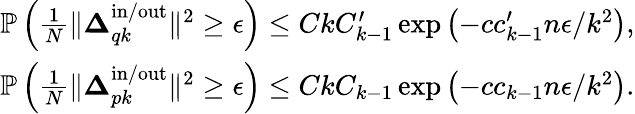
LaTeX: \begin{array}{r}{\mathbb{P}\left(\frac{1}{N}\| \boldsymbol{\Delta}_{qk}^{\mathrm{in}/\mathrm{out}}\| ^{2}\geq\epsilon\right)\leq CkC_{k-1}^{\prime}\exp\left(-cc_{k-1}^{\prime}n\epsilon/k^{2}\right),}\\ {\mathbb{P}\left(\frac{1}{N}\| \boldsymbol{\Delta}_{pk}^{\mathrm{in}/\mathrm{out}}\| ^{2}\geq\epsilon\right)\leq CkC_{k-1}\exp\left(-cc_{k-1}n\epsilon/k^{2}\right).}\end{array}